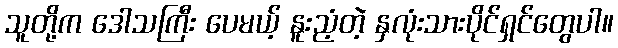
သူတို့က ဒေါသကြီး ပေမယ့် နူးညံ့တဲ့ နှလုံးသားပိုင်ရှင်တွေပါ။